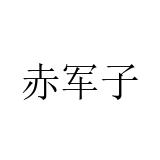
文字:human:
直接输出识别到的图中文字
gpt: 赤军子